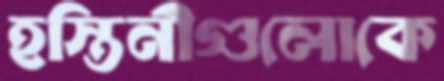
হস্তিনীগুলোকে